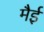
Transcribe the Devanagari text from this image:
मैई